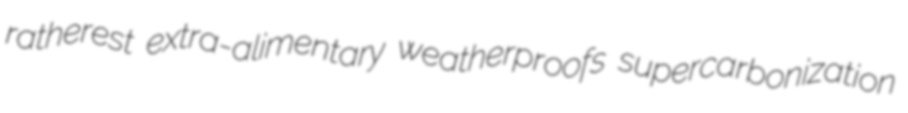
ratherest extra-alimentary weatherproofs supercarbonization